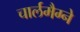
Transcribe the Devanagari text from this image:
चार्लमैग्ने